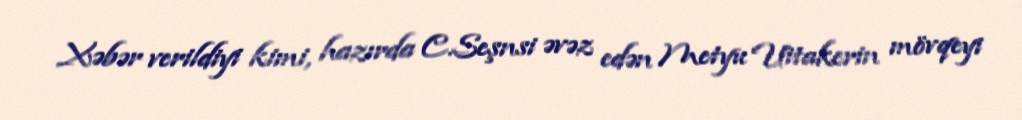
Xəbər verildiyi kimi, hazırda C.Seşnsi əvəz edən Metyu Uitakerin mövqeyi